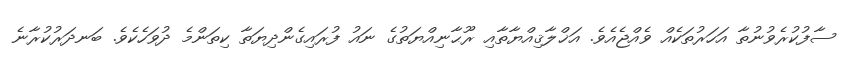
ސާފުކުރެވުނުތާ އަހަރުތަކެއް ވެއްޖެއެވެ. އަޚްލާޤިއްޔާތާއި ރޫޙާނިއްޔަތުގެ ނައު ފުރައިގެންދިޔަތާ ކިތަންމެ ދުވަހެކެވެ. ބަނދަރުކުރާނެ